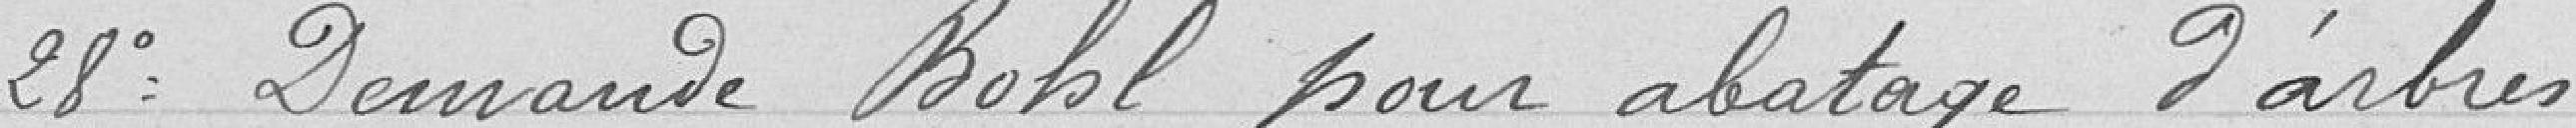
28° Demande Bohl pour abattage d'arbres.